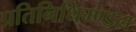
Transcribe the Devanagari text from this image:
प्रतिनिधिम्ण्डल